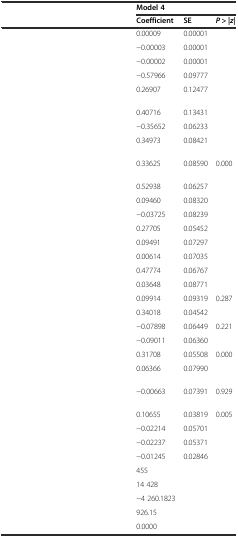
<table><thead><tr><td>[EMPTY_CELL]</td><td colspan="3"><b>Model 4</b></td></tr><tr><td>[EMPTY_CELL]</td><td><b>Coefficient</b></td><td><b>SE</b></td><td><b><i>P</i> &gt; |<i>z</i>|</b></td></tr></thead><tbody><tr><td>[EMPTY_CELL]</td><td>0.00009</td><td>0.00001</td><td>[EMPTY_CELL]</td></tr><tr><td>[EMPTY_CELL]</td><td>−0.00003</td><td>0.00001</td><td>[EMPTY_CELL]</td></tr><tr><td>[EMPTY_CELL]</td><td>−0.00002</td><td>0.00001</td><td>[EMPTY_CELL]</td></tr><tr><td>[EMPTY_CELL]</td><td>−0.57966</td><td>0.09777</td><td>[EMPTY_CELL]</td></tr><tr><td>[EMPTY_CELL]</td><td>0.26907</td><td>0.12477</td><td>[EMPTY_CELL]</td></tr><tr><td>[EMPTY_CELL]</td><td>0.40716</td><td>0.13431</td><td>[EMPTY_CELL]</td></tr><tr><td>[EMPTY_CELL]</td><td>−0.35652</td><td>0.06233</td><td>[EMPTY_CELL]</td></tr><tr><td>[EMPTY_CELL]</td><td>0.34973</td><td>0.08421</td><td>[EMPTY_CELL]</td></tr><tr><td>[EMPTY_CELL]</td><td>0.33625</td><td>0.08590</td><td>0.000</td></tr><tr><td>[EMPTY_CELL]</td><td>0.52938</td><td>0.06257</td><td>[EMPTY_CELL]</td></tr><tr><td>[EMPTY_CELL]</td><td>0.09460</td><td>0.08320</td><td>[EMPTY_CELL]</td></tr><tr><td>[EMPTY_CELL]</td><td>−0.03725</td><td>0.08239</td><td>[EMPTY_CELL]</td></tr><tr><td>[EMPTY_CELL]</td><td>0.27705</td><td>0.05452</td><td>[EMPTY_CELL]</td></tr><tr><td>[EMPTY_CELL]</td><td>0.09491</td><td>0.07297</td><td>[EMPTY_CELL]</td></tr><tr><td>[EMPTY_CELL]</td><td>0.00614</td><td>0.07035</td><td>[EMPTY_CELL]</td></tr><tr><td>[EMPTY_CELL]</td><td>0.47774</td><td>0.06767</td><td>[EMPTY_CELL]</td></tr><tr><td>[EMPTY_CELL]</td><td>0.03648</td><td>0.08771</td><td>[EMPTY_CELL]</td></tr><tr><td>[EMPTY_CELL]</td><td>0.09914</td><td>0.09319</td><td>0.287</td></tr><tr><td>[EMPTY_CELL]</td><td>0.34018</td><td>0.04542</td><td>[EMPTY_CELL]</td></tr><tr><td>[EMPTY_CELL]</td><td>−0.07898</td><td>0.06449</td><td>0.221</td></tr><tr><td>[EMPTY_CELL]</td><td>−0.09011</td><td>0.06360</td><td>[EMPTY_CELL]</td></tr><tr><td>[EMPTY_CELL]</td><td>0.31708</td><td>0.05508</td><td>0.000</td></tr><tr><td>[EMPTY_CELL]</td><td>0.06366</td><td>0.07990</td><td>[EMPTY_CELL]</td></tr><tr><td>[EMPTY_CELL]</td><td>−0.00663</td><td>0.07391</td><td>0.929</td></tr><tr><td>[EMPTY_CELL]</td><td>0.10655</td><td>0.03819</td><td>0.005</td></tr><tr><td>[EMPTY_CELL]</td><td>−0.02214</td><td>0.05701</td><td>[EMPTY_CELL]</td></tr><tr><td>[EMPTY_CELL]</td><td>−0.02237</td><td>0.05371</td><td>[EMPTY_CELL]</td></tr><tr><td>[EMPTY_CELL]</td><td>−0.01245</td><td>0.02846</td><td>[EMPTY_CELL]</td></tr><tr><td>[EMPTY_CELL]</td><td>455</td><td>[EMPTY_CELL]</td><td>[EMPTY_CELL]</td></tr><tr><td>[EMPTY_CELL]</td><td>14 428</td><td>[EMPTY_CELL]</td><td>[EMPTY_CELL]</td></tr><tr><td>[EMPTY_CELL]</td><td>−4 260.1823</td><td>[EMPTY_CELL]</td><td>[EMPTY_CELL]</td></tr><tr><td>[EMPTY_CELL]</td><td>926.15</td><td>[EMPTY_CELL]</td><td>[EMPTY_CELL]</td></tr><tr><td>[EMPTY_CELL]</td><td>0.0000</td><td>[EMPTY_CELL]</td><td>[EMPTY_CELL]</td></tr></tbody></table>